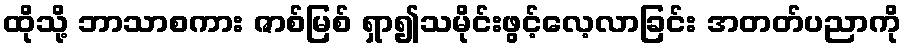
ထိုသို့ ဘာသာစကား ဇာစ်မြစ် ရှာ၍သမိုင်းဖွင့်လေ့လာခြင်း အတတ်ပညာကို